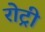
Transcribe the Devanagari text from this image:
रोट्री